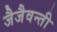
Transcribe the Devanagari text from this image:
जैजैवन्ती